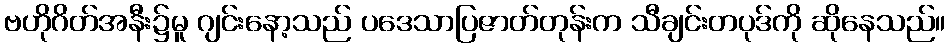
ဗဟိုဂိတ်အနီး၌မူ ဂျင်းနော့သည် ပဒေသာပြဇာတ်တုန်းက သီချင်းတပုဒ်ကို ဆိုနေသည်။